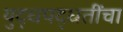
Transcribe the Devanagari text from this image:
युद्धपद्धतींचा